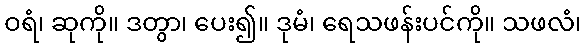
ဝရံ၊ ဆုကို။ ဒတွာ၊ ပေး၍။ ဒုမံ၊ ရေသဖန်းပင်ကို။ သဖလံ၊